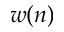
w ( n )